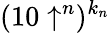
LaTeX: (10\uparrow^{n})^{k_{n}}